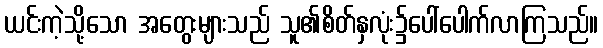
ယင်းကဲ့သို့သော အတွေးများသည် သူ၏စိတ်နှလုံး၌ပေါ်ပေါက်လာကြသည်။